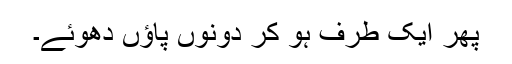
پھر ایک طرف ہو کر دونوں پاؤں دھوئے۔